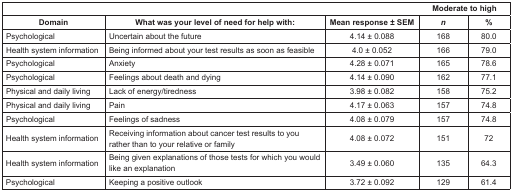
<table><thead><tr><td colspan="5"><b>Moderate to high</b></td></tr><tr><td><b>Domain</b></td><td><b>What was your level of need for help with:</b></td><td><b>Mean response ± SEM</b></td><td><b><i>n</i></b></td><td><b>%</b></td></tr></thead><tbody><tr><td>Psychological</td><td>Uncertain about the future</td><td>4.14 ± 0.088</td><td>168</td><td>80.0</td></tr><tr><td>Health system information</td><td>Being informed about your test results as soon as feasible</td><td>4.0 ± 0.052</td><td>166</td><td>79.0</td></tr><tr><td>Psychological</td><td>Anxiety</td><td>4.28 ± 0.071</td><td>165</td><td>78.6</td></tr><tr><td>Psychological</td><td>Feelings about death and dying</td><td>4.14 ± 0.090</td><td>162</td><td>77.1</td></tr><tr><td>Physical and daily living</td><td>Lack of energy/tiredness</td><td>3.98 ± 0.082</td><td>158</td><td>75.2</td></tr><tr><td>Physical and daily living</td><td>Pain</td><td>4.17 ± 0.063</td><td>157</td><td>74.8</td></tr><tr><td>Psychological</td><td>Feelings of sadness</td><td>4.08 ± 0.079</td><td>157</td><td>74.8</td></tr><tr><td>Health system information</td><td>Receiving information about cancer test results to you rather than to your relative or family</td><td>4.08 ± 0.072</td><td>151</td><td>72</td></tr><tr><td>Health system information</td><td>Being given explanations of those tests for which you would like an explanation</td><td>3.49 ± 0.060</td><td>135</td><td>64.3</td></tr><tr><td>Psychological</td><td>Keeping a positive outlook</td><td>3.72 ± 0.092</td><td>129</td><td>61.4</td></tr></tbody></table>